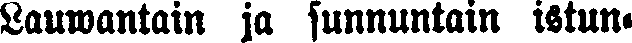
Lauwantain ja sunnuntain istun-